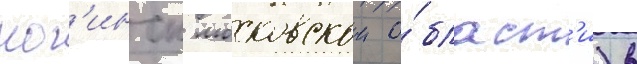
ног'инск московскои о́бласт'и) в